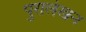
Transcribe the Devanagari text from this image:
पुरालेखन